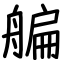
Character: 艑